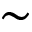
\sim